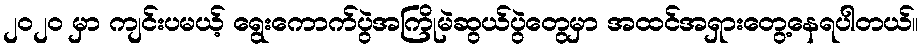
၂၀၂၀ မှာ ကျင်းပမယ့် ရွေးကောက်ပွဲအကြိုမဲဆွယ်ပွဲတွေမှာ အထင်အရှားတွေ့နေရပါတယ်။